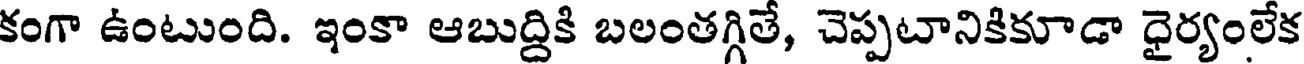
కంగా ఉంటుంది. ఇంకా ఆబుద్దికి బలంతగ్గితే, చెప్పటానికికూడా ధైర్యంలేక